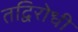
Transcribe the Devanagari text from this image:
तद्विरोधी